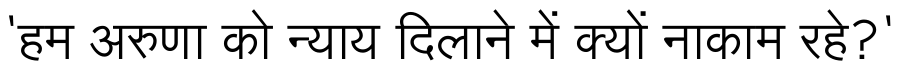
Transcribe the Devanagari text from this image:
'हम अरुणा को न्याय दिलाने में क्यों नाकाम रहे?'